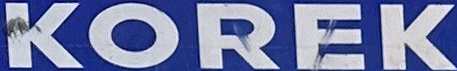
KOREK